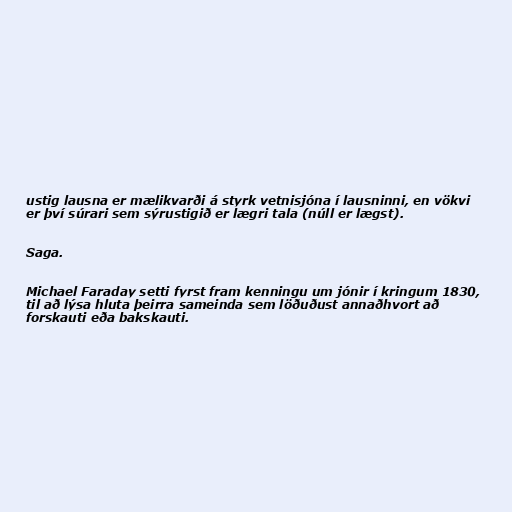
ustig lausna er mælikvarði á styrk vetnisjóna í lausninni, en vökvi
er því súrari sem sýrustigið er lægri tala (núll er lægst).

Saga.

Michael Faraday setti fyrst fram kenningu um jónir í kringum 1830,
til að lýsa hluta þeirra sameinda sem löðuðust annaðhvort að
forskauti eða bakskauti.